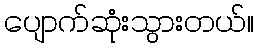
ပျောက်ဆုံးသွားတယ်။